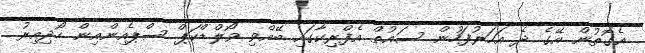
އެގޮތުން އޭގެ ދެ އަހަރުފަހުން ސައުތް އެފްރިކާގައި ބޭއްވި ވޯލްޑްކަޕް ސްޕެއިންއިން ހޯދިއިރު